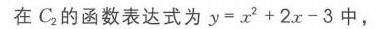
在 \(C_{2}\) 的函数表达式为 \(y = x^{2}+2x - 3\) 中，